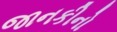
જાનકીનો